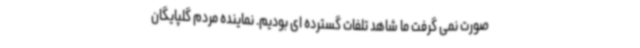
صورت نمی گرفت ما شاهد تلفات گسترده ای بودیم. نماینده مردم گلپایگان